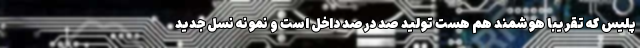
پلیس که تقریباً هوشمند هم هست تولید صد درصد داخل است و نمونه نسل جدید